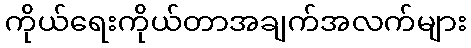
ကိုယ်ရေးကိုယ်တာအချက်အလက်များ